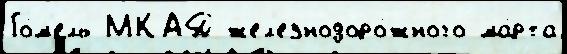
Го́м'ель МКАД жел'езнодоро́жного ма́рта